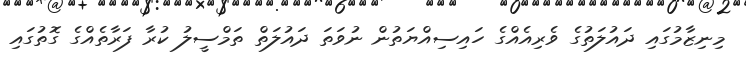
މިނިޒާމުގައި ދައުލަތުގެ ވެރިއެއްގެ ހައިސިއްޔަތުން ނުވަތަ ދައުލަތް ތަމްސީލު ކުރާ ފަރާތެއްގެ ގޮތުގައި